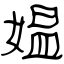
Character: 媪